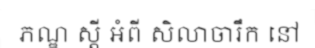
ភណ្ឌ ស្តី អំពី សិលាចារឹក នៅ